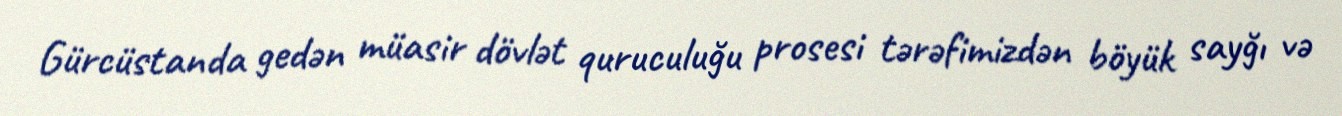
Gürcüstanda gedən müasir dövlət quruculuğu prosesi tərəfimizdən böyük sayğı və